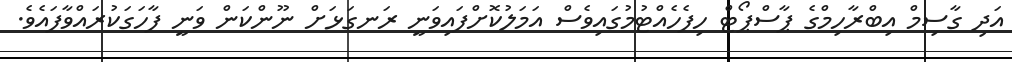
އަދި ގާސިމް އިބްރާހިމްގެ ޕާސްޕޯޓް ހިފެހެއްޓުމުގައިވެސް އަމަލުކޮށްފައިވަނީ ރަނގަޅަށް ނޫންކަން ވަނީ ފާހަގަކުރައްވާފައެވެ.